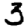
Digit: 3